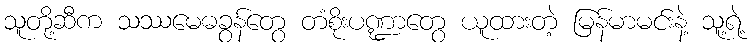
သူတို့ဆီက သဿမေဓခွန်တွေ တံစိုးပဏ္ဍာတွေ ယူထားတဲ့ မြန်မာမင်းနဲ့ သူ့ရဲ့